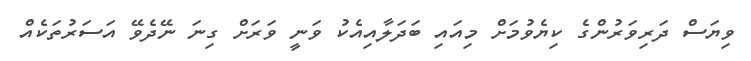
ވިޔަސް ދަރިވަރުންގެ ކިޔެވުމަށް މިއައި ބަދަލާއިއެކު ވަނީ ވަރަށް ގިނަ ނޭދެވޭ އަސަރުތަކެއް